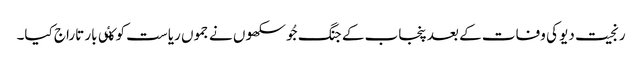
رنجیت دیو کی وفات کے بعد پنجاب کے جنگ جُو سکھوں نے جموں ریاست کو کٸی بار تاراج کیا۔